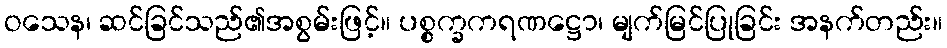
ဝသေန၊ ဆင်ခြင်သည်၏အစွမ်းဖြင့်။ ပစ္စက္ခကရဏဋ္ဌော၊ မျက်မြင်ပြုခြင်း အနက်တည်း။